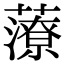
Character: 𧀪